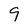
Character: 9